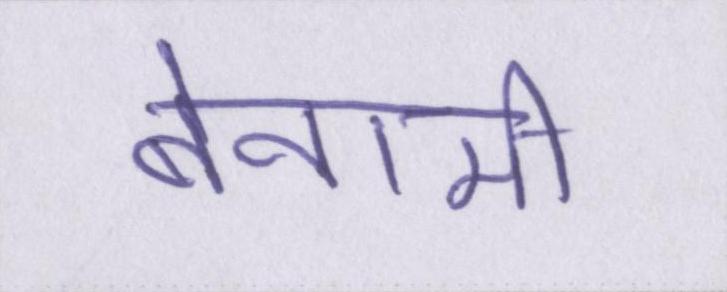
बेनामी